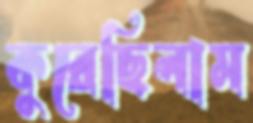
কুরেছিলাম